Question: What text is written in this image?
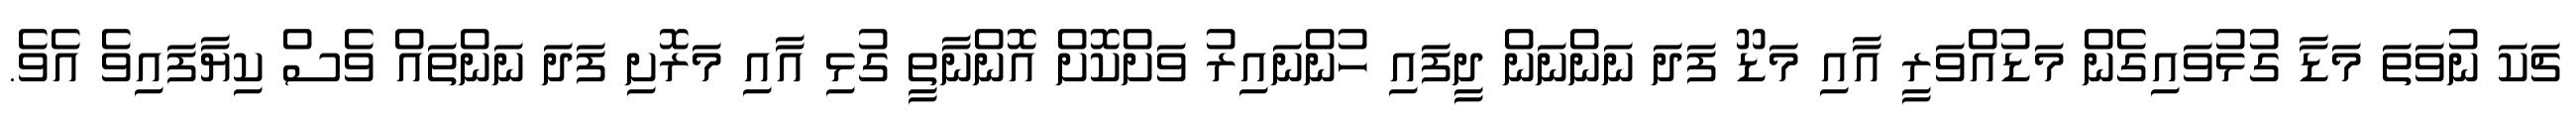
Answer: ޗަކަ ނުވަތަ މަޑާ ގުޅުވައިގެން މަޑުއްވަރީ އާއި މަޑޫ ފަދަ ނަންނަން ދީފައި ހުންނައިރު ވަށްކޮށް އޮންނާތީ ގުޅި އާއި މަރޮށި ފަދަ ނަންތައް ވެސް ކިޔާފައިވެ އެވެ.